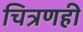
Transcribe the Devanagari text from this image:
चित्रणही